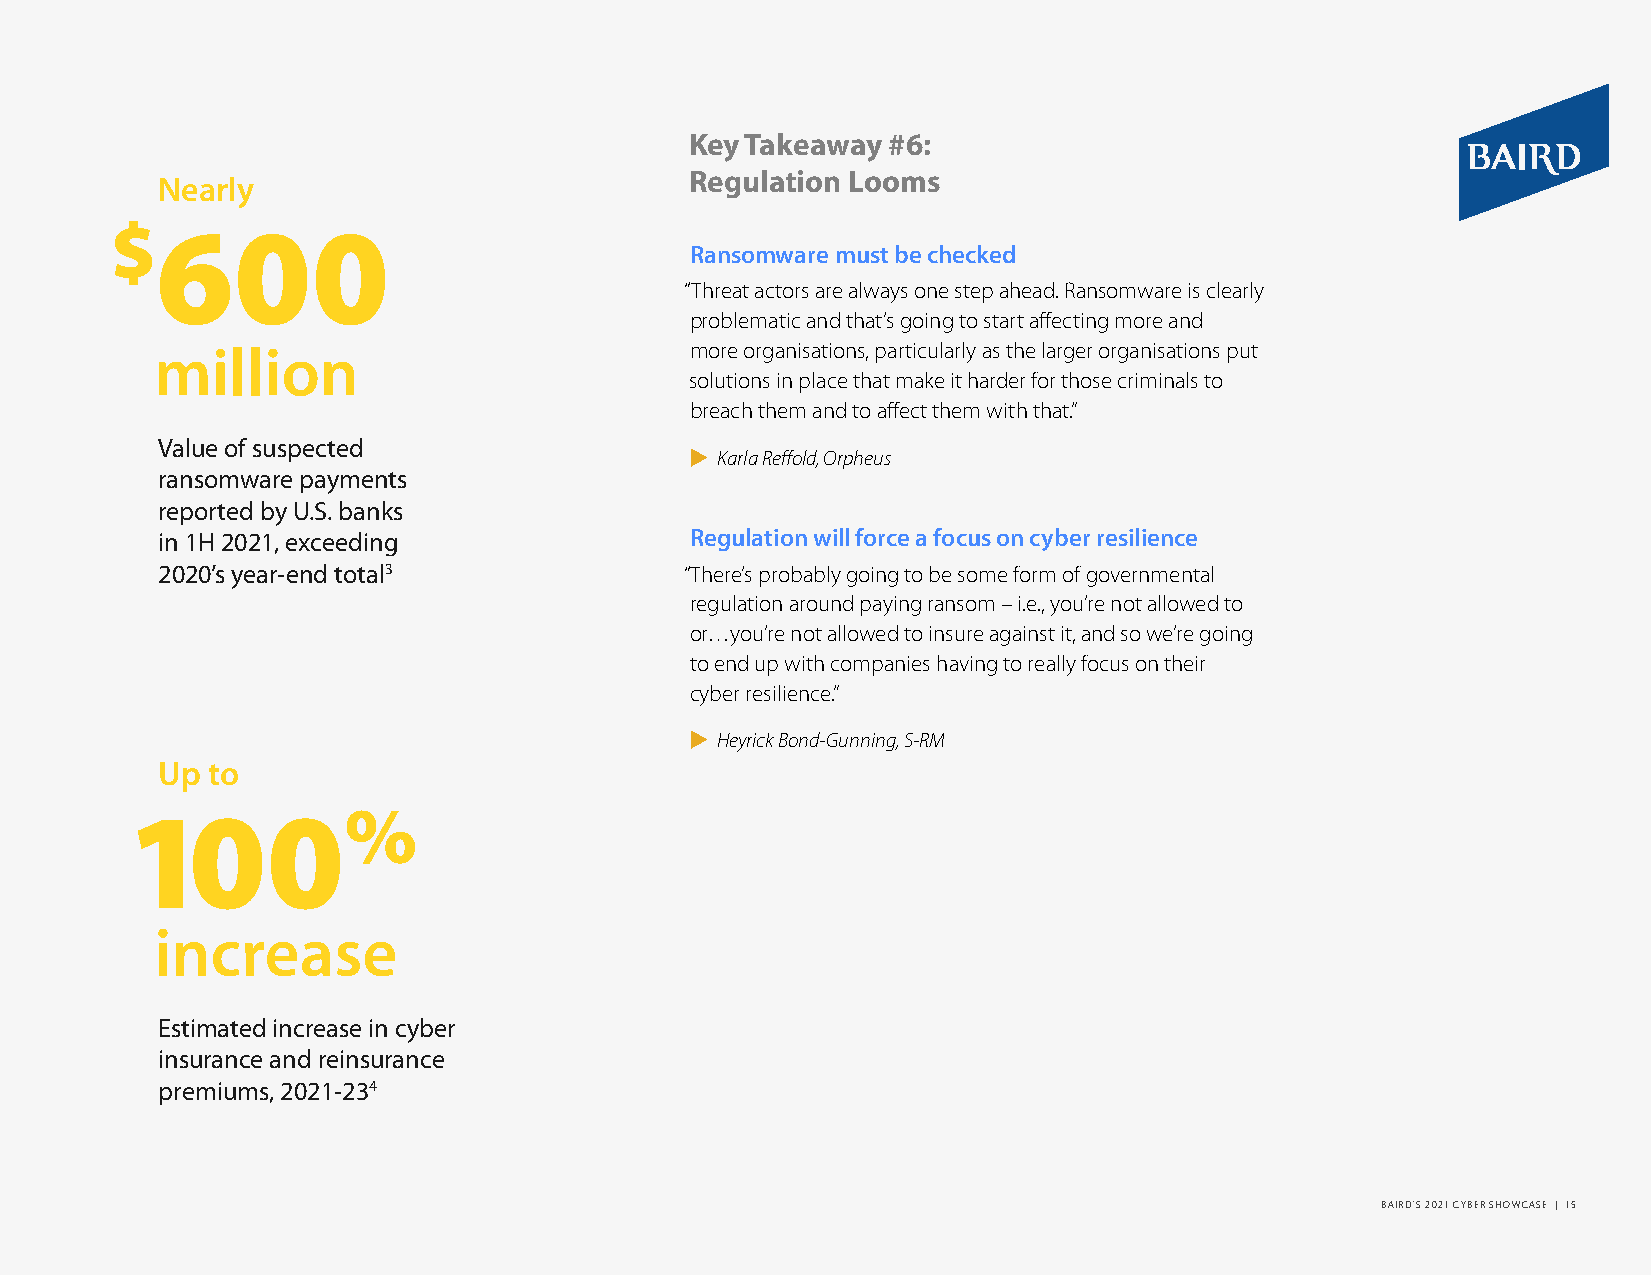
Key Takeaway #6:
 Regulation Looms
 Nearly
 $600
 Ransomware must be checked
 “Threat actors are always one step ahead. Ransomware is clearly
 problematic and that’s going to start affecting more and
 million                             more organisations, particularly as the larger organisations put
 solutions in place that make it harder for those criminals to
 breach them and to affect them with that.”
 Value of suspected
  Karla Reffold, Orpheus
 ransomware payments
 reported by U.S. banks
 in 1H 2021, exceeding               Regulation will force a focus on cyber resilience
 2020’s year-end total3             “There’s probably going to be some form of governmental
 regulation around paying ransom – i.e., you’re not allowed to
 or…you’re not allowed to insure against it, and so we’re going
 to end up with companies having to really focus on their
 cyber resilience.”
  Heyrick Bond-Gunning, S-RM
 Up  to
 100%
 increase
 Estimated increase in cyber
 insurance and reinsurance
 premiums, 2021-234
 BAIRD’S 2021 CYBER SHOWCASE | 15